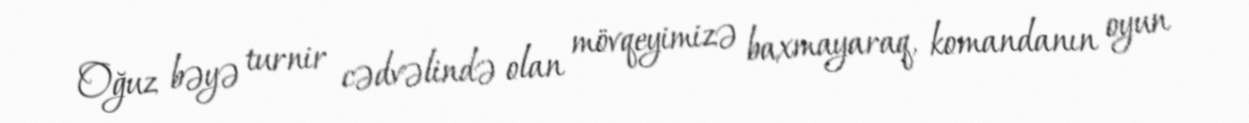
Oğuz bəyə turnir cədvəlində olan mövqeyimizə baxmayaraq, komandanın oyun